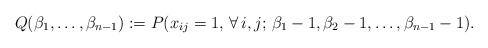
\begin{gather*}Q(\beta_1,\ldots,\beta_{n-1}):=P(x_{ij}=1, \,\forall \,i,j ; \,\beta_1-1,\beta_2-1,\ldots,\beta_{n-1}-1).\end{gather*}